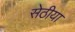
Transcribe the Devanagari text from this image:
सेठीया